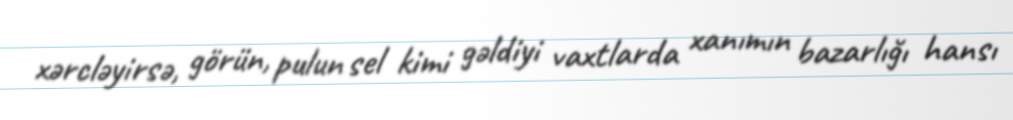
xərcləyirsə, görün, pulun sel kimi gəldiyi vaxtlarda xanımın bazarlığı hansı